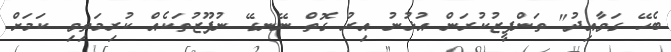
ބެހޭ ގަވާއިދު" ތަންފީޒުކުރަން އުޅުނު އިރު ގޮތް ނޭނގޭ ނުފޫޒުތަކެއް ކުރިމަތިވި ކަމަށް